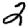
Digit: 2